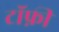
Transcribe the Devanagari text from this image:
टॉफ़ी